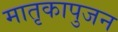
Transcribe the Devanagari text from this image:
मातृकापुजन